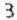
3